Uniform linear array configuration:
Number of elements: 24
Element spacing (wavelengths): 0.5
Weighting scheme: binomial
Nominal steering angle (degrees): -45
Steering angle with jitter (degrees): -46.803
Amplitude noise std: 0.05
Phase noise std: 0.05

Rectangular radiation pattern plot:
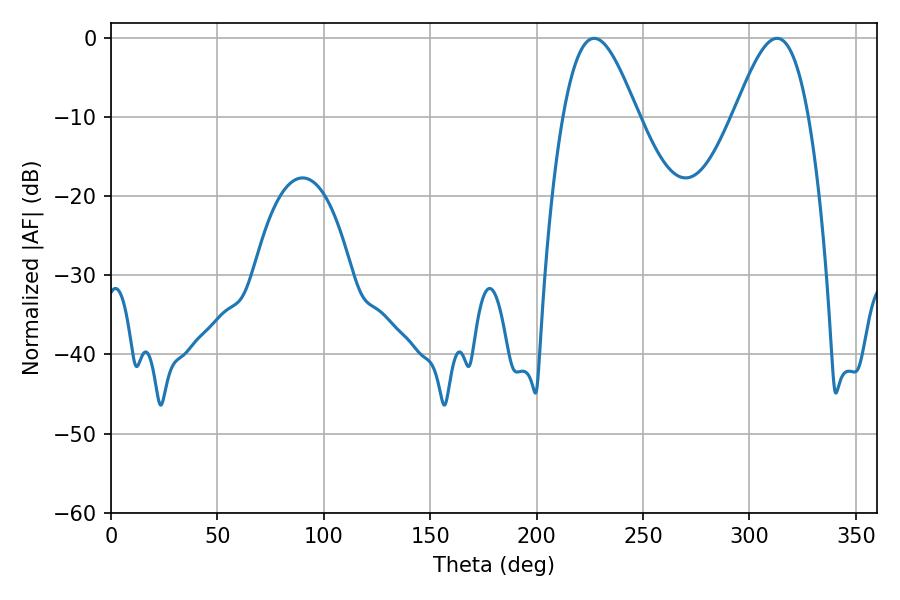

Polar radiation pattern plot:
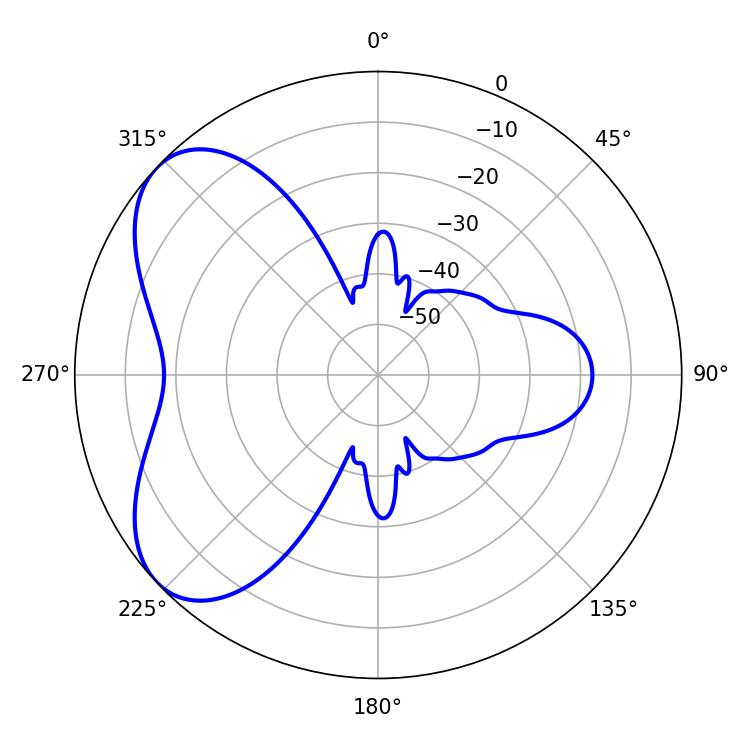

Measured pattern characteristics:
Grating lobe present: FALSE
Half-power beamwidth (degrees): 18.9
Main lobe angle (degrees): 226.98